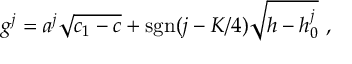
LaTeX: g ^ { j } = a ^ { j } \sqrt { c _ { 1 } - c } + \mathrm { s g n } ( j - K / 4 ) \sqrt { h - h _ { 0 } ^ { j } } { } ~ ,